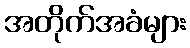
အတိုက်အခံများ